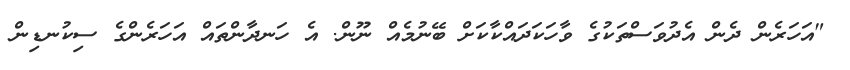
"އަހަރެން ދެން އެދުވަސްތަކުގެ ވާހަކަދައްކާކަށް ބޭނުމެއް ނޫން. އެ ހަނދާންތައް އަހަރެންގެ ސިކުނޑިން